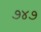
૭૪૭